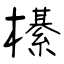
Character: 櫀